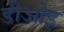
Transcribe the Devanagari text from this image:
डीओइ